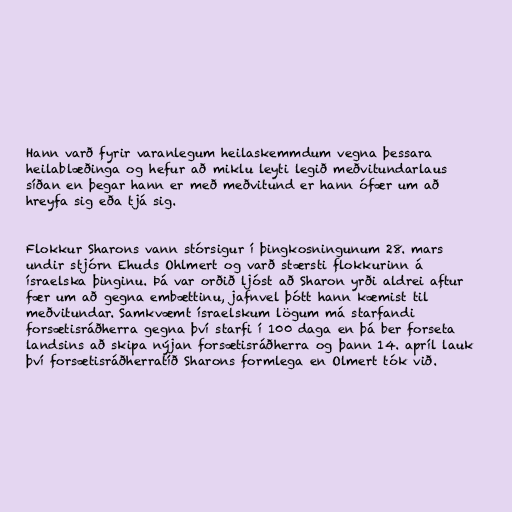
Hann varð fyrir varanlegum heilaskemmdum vegna þessara
heilablæðinga og hefur að miklu leyti legið meðvitundarlaus
síðan en þegar hann er með meðvitund er hann ófær um að
hreyfa sig eða tjá sig.

Flokkur Sharons vann stórsigur í þingkosningunum 28. mars
undir stjórn Ehuds Ohlmert og varð stærsti flokkurinn á
ísraelska þinginu. Þá var orðið ljóst að Sharon yrði aldrei aftur
fær um að gegna embættinu, jafnvel þótt hann kæmist til
meðvitundar. Samkvæmt ísraelskum lögum má starfandi
forsætisráðherra gegna því starfi í 100 daga en þá ber forseta
landsins að skipa nýjan forsætisráðherra og þann 14. apríl lauk
því forsætisráðherratíð Sharons formlega en Olmert tók við.